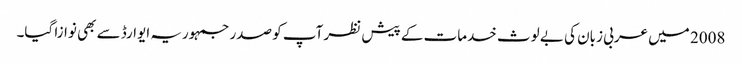
2008 میں عربی زبان کی بے لوث خدمات کے پیش نظر آپ کو صدر جمہوریہ ایوارڈ سے بھی نوازا گیا۔